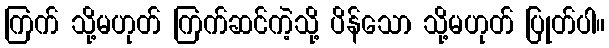
ကြက် သို့မဟုတ် ကြက်ဆင်ကဲ့သို့ ပိန်သော သို့မဟုတ် ပြုတ်ပါ။